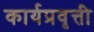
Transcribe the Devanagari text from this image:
कार्यप्रवृत्ती